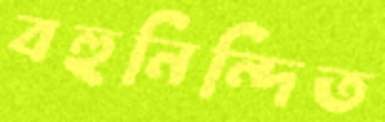
বহুনিন্দিত